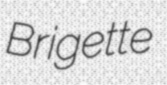
Brigette